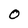
Character: 0